Second report of the anti-malarial operations at Mian Mir, 1901-1903 - Number 9
Year: 1901
Disease focus: Malaria
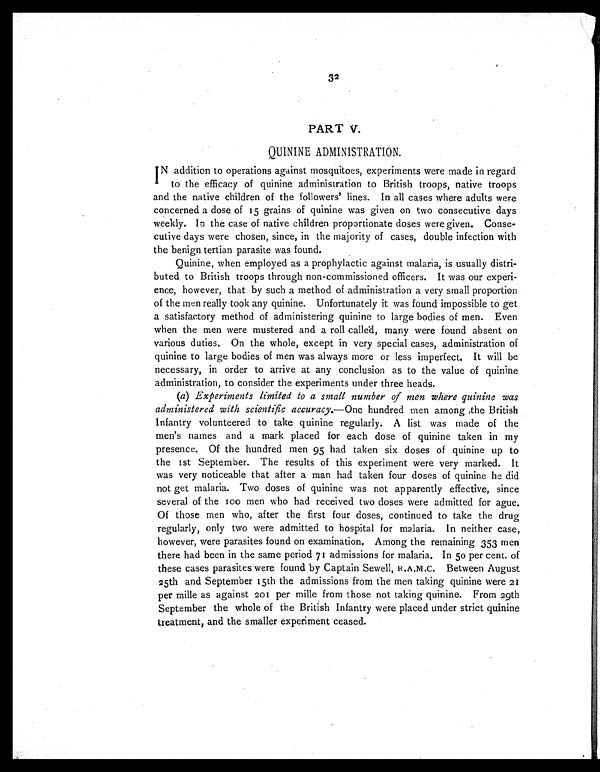
32
PART V.
QUININE ADMINISTRATION.
IN addition to operations against mosquitoes, experiments were made in regard
to the efficacy of quinine administration to British troops, native troops
and the native children of the followers' lines. In all cases where adults were
concerned a dose of 15 grains of quinine was given on two consecutive days
weekly. In the case of native children proportionate doses were given. Conse-
cutive days were chosen, since, in the majority of cases, double infection with
the benign tertian parasite was found.
Quinine, when employed as a prophylactic against malaria, is usually distri-
buted to British troops through non-commissioned officers. It was our experi-
ence, however, that by such a method of administration a very small proportion
of the men really took any quinine. Unfortunately it was found impossible to get
a satisfactory method of administering quinine to large bodies of men. Even
when the men were mustered and a roll called, many were found absent on
various duties. On the whole, except in very special cases, administration of
quinine to large bodies of men was always more or less imperfect. It will be
necessary, in order to arrive at any conclusion as to the value of quinine
administration, to consider the experiments under three heads.
(a) Experiments limited to a small number of men where quinine was
administered with scientific accuracy.—One hundred men among the British
Infantry volunteered to take quinine regularly. A list was made of the
men's names and a mark placed for each dose of quinine taken in my
presence. Of the hundred men 95 had taken six doses of quinine up to
the 1st September. The results of this experiment were very marked. It
was very noticeable that after a man had taken four doses of quinine he did
not get malaria. Two doses of quinine was not apparently effective, since
several of the 100 men who had received two doses were admitted for ague.
Of those men who, after the first four doses, continued to take the drug
regularly, only two were admitted to hospital for malaria. In neither case,
however, were parasites found on examination. Among the remaining 353 men
there had been in the same period 71 admissions for malaria. In 50 per cent. of
these cases parasites were found by Captain Sewell, R.A.M.C. Between August
25th and September 15th the admissions from the men taking quinine were 21
per mille as against 201 per mille from those not taking quinine. From 29th
September the whole of the British Infantry were placed under strict quinine
treatment, and the smaller experiment ceased.